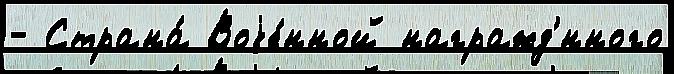
- Страна́ Воjе́нной награжд'́нного